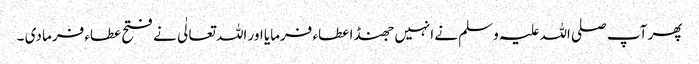
پھر آپ صلی اللہ علیہ وسلم نے انہیں جھنڈا عطاء فرمایا اور اللہ تعالٰی نے فتح عطاء فرما دی ۔